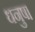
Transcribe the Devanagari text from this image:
धनुष।